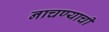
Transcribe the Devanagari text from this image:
नाचण्याची